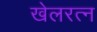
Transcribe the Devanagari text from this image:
खेलरत्‍न